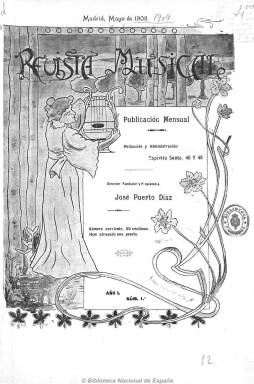
Título: Revista musical (Madrid)
Colección: Música
Ámbito geográfico: Madrid
Lugar de publicación: Madrid
Fechas: 01/05/1908-01/12/1909

Publicación especializada de periodicidad mensual, fundada y editada, a partir de mayo de 1908, por José Puerto Díaz, propietario de la imprenta de la calle Espíritu Santo, de Madrid, siendo su director José Casal y su asesor y redactor musical, Juan Beniloch, al que le acompañará después José Power. Entre sus colaboradores y redactores se encuentran, además de los citados, E. Bariobero y Herrán, Alonso Quijada, Joaquín Herrando y Trinstán Centellas, entre otros. Aparece en entregas de doce páginas, de las cuales, ocho son siempre partituras musicales, generalmente para piano y órgano. En sus páginas de texto inserta artículos, siempre originales, sobre teoría de la música (clásica, militar, religiosa, popular, etc.) y también información y actualidad sobre oposiciones, concursos, nombramientos, y enseñanza en el Conservatorio de Música de Madrid. También tiene la sección “Notas escénicas”, en donde da cuenta de los estrenos teatrales, y otra de “Libros y revistas”. A partir de su segundo año publica también biografías. Asimismo da cabida a cuentos y textos poéticos. Su primera página está ilustrada, generalmente, con fotografías de retratos de artistas y compositores. El último número de la colección de este título corresponde a diciembre de 1909.